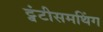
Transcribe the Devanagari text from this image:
ट्वंटीसमथिंग